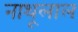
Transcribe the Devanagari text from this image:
नाथूलाल